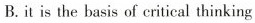
B.it is the basis of critical thinking